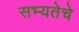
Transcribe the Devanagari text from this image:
सभ्यतेचे